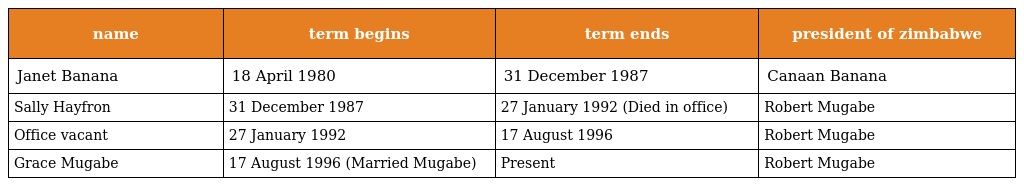
| name | term begins | term ends | president of zimbabwe |
 | --- | --- | --- | --- |
 | Janet Banana | 18 April 1980 | 31 December 1987 | Canaan Banana |
 | Sally Hayfron | 31 December 1987 | 27 January 1992 (Died in office) | Robert Mugabe |
 | Office vacant | 27 January 1992 | 17 August 1996 | Robert Mugabe |
 | Grace Mugabe | 17 August 1996 (Married Mugabe) | Present | Robert Mugabe |